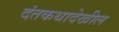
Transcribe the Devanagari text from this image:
दंतकथादेखील